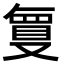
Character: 𭆶